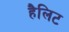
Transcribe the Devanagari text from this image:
हैलिट